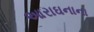
આરાઘનાના